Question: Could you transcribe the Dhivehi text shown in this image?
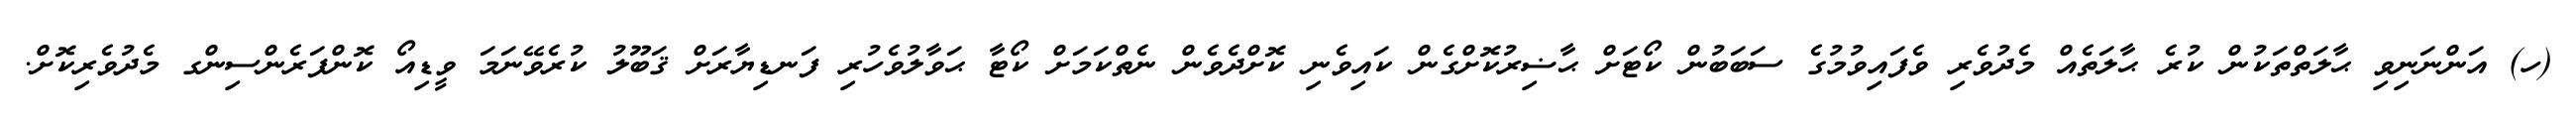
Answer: (ހ) އަންނަނިވި ޙާލަތްތަކުން ކުރެ ޙާލަތެއް މެދުވެރި ވެފައިވުމުގެ ސަބަބުން ކޯޓަށް ޙާޟިރުކޮށްގެން ކައިވެނި ކޮށްދެވެން ނެތްކަމަށް ކޯޓާ ޙަވާލުވެހުރި ފަނޑިޔާރަށް ޤަބޫލު ކުރެވޭނަމަ ވީޑިއޯ ކޮންފަރެންސިންގ މެދުވެރިކޮށް.